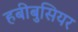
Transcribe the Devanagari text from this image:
हबीबुसियर